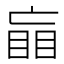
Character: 𰥲